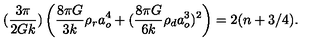
( { \frac { 3 \pi } { 2 G k } } ) \left( { \frac { 8 \pi G } { 3 k } } \rho _ { r } a _ { o } ^ { 4 } + ( { \frac { 8 \pi G } { 6 k } } \rho _ { d } a _ { o } ^ { 3 } ) ^ { 2 } \right) = 2 ( n + 3 / 4 ) .